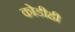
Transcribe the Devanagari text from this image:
कोडीही